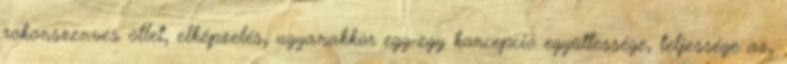
rokonszenves ötlet, elképzelés, ugyanakkor egy-egy koncepció együttessége, teljessége az,